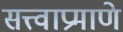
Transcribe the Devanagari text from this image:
सत्त्वाप्रमाणे